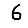
Digit: 6